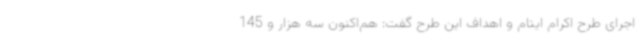
اجرای طرح اکرام ایتام و اهداف این طرح گفت: هم‌اکنون سه هزار و 145